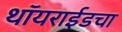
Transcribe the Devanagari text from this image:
थॉयराईडचा